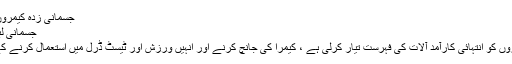
جسمانی زدہ کیمروں کے استعمال کے طریقہ کار | او ایم جی حل
جسمانی لباس زدہ کیمرا استعمال کرنے کے طریقہ کار
جسم زدہ کیمرا نے قانون نافذ کرنے والے اداروں کو انتہائی کارآمد آلات کی فہرست تیار کرلی ہے ، کیمرا کی جانچ کرنے اور انہیں ورزش اور ٹیسٹ ڈرل میں استعمال کرنے کے بعد ، اس معاہدے کے آس پاس موجود ہے۔